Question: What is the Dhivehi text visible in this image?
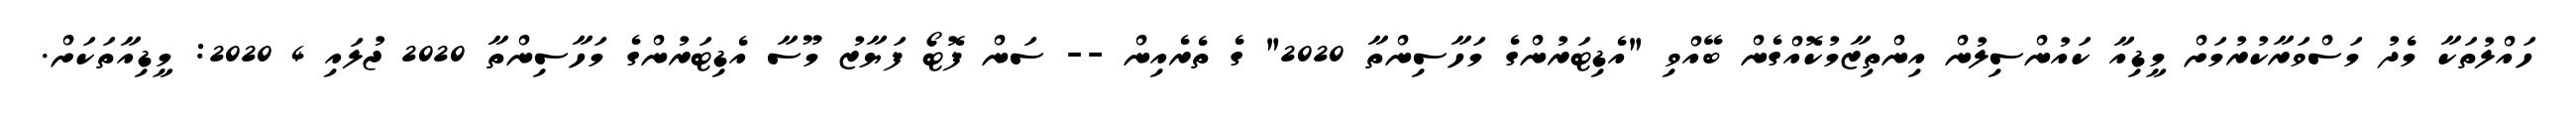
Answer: ހައްލުތަކާ މެދު މަސްވަރާކުރުމަށް މީޑިއާ ކައުންސިލުން އިންތިޒާމުކޮއްގެން ބޭއްވި "އެޑިޓަރުންގެ މަހާސިންތާ 2020" ގެ ތެރެއިން -- ސަން ފޮޓޯ ފަޔާޒު މޫސާ އެޑިޓަރުންގެ މަހާސިންތާ 2020 ޖުލައި 4 2020: މީޑިއާތަކަށް.